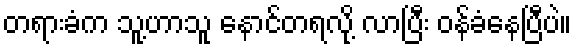
တရားခံက သူ့ဟာသူ နောင်တရလို့ လာပြီး ဝန်ခံနေပြီပဲ။